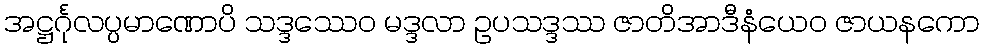
အဋ္ဌင်္ဂုလပ္ပမာဏောပိ သဒ္ဒဿေဝ မဒ္ဒလာ ဥပသဒ္ဒဿ ဇာတိအာဒီနံယေဝ ဇာယနကော